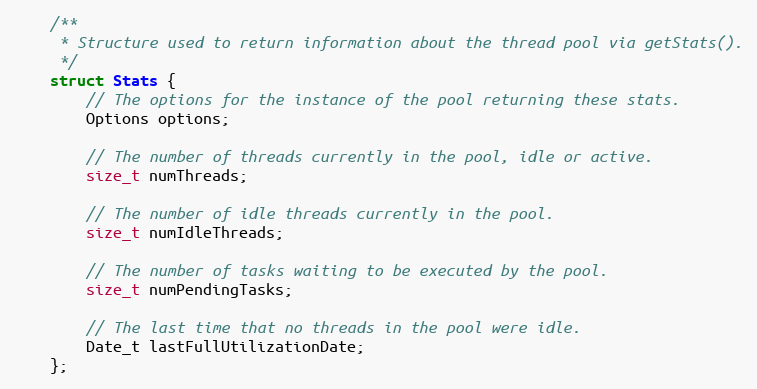
Language: C
    /**
     * Structure used to return information about the thread pool via getStats().
     */
    struct Stats {
        // The options for the instance of the pool returning these stats.
        Options options;

        // The number of threads currently in the pool, idle or active.
        size_t numThreads;

        // The number of idle threads currently in the pool.
        size_t numIdleThreads;

        // The number of tasks waiting to be executed by the pool.
        size_t numPendingTasks;

        // The last time that no threads in the pool were idle.
        Date_t lastFullUtilizationDate;
    };